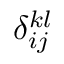
\delta _ { i j } ^ { k l }